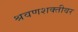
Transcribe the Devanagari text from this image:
श्रवणशक्तीवर